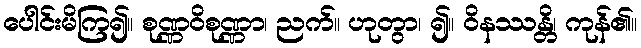
ပေါင်းမိကြ၍။ စုဏ္ဏဝိစုဏ္ဏာ၊ ညက်။ ဟုတွာ၊ ၍။ ဝိနဿန္တိ၊ ကုန်၏။